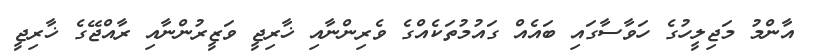
އާންމު މަޖިލީހުގެ ހަވާސާގައި ބައެއް ގައުމުތަކެއްގެ ވެރިންނާއި ޚާރިޖީ ވަޒީރުންނާއި ރާއްޖޭގެ ޚާރިޖީ